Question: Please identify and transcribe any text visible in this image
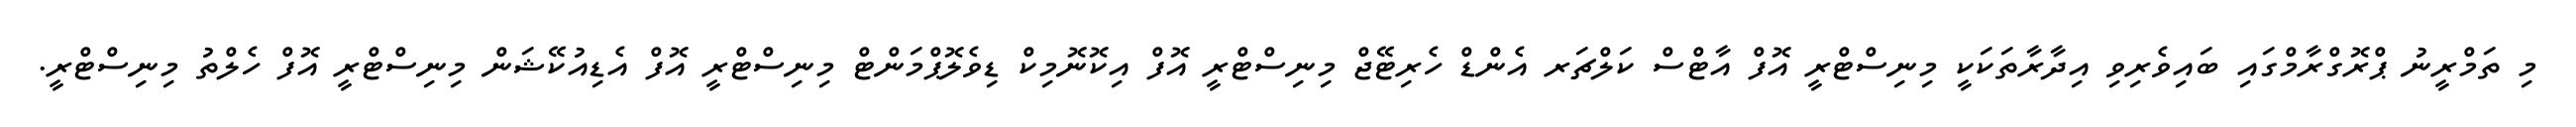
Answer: މި ތަމްރީނު ޕްރޮގްރާމްގައި ބައިވެރިވި އިދާރާތަކަކީ މިނިސްޓްރީ އޮފް އާޓްސް ކަލްޗަރ އެންޑް ހެރިޓޭޖް މިނިސްޓްރީ އޮފް އިކޮނޮމިކް ޑިވެލޮޕްމަންޓް މިނިސްޓްރީ އޮފް އެޑިއުކޭޝަން މިނިސްޓްރީ އޮފް ހެލްތު މިނިސްޓްރީ.